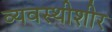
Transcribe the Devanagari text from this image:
व्यवस्थीशीर